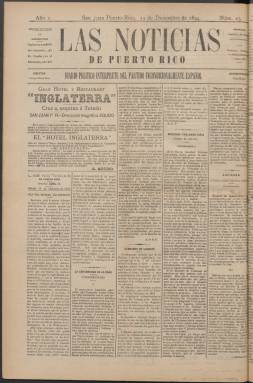
Título: Las Noticias de Puerto Rico
Colección: Periódicos
Ámbito geográfico: Puerto Rico
Lugar de publicación: San Juan [Puerto Rico]
Fechas: 15/12/1894-27/03/1895